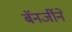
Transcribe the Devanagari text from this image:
बॅनर्जीने